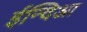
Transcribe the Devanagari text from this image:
ईन्दिआ